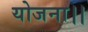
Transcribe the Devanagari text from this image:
योजना।।